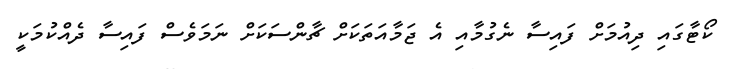
ކޯޓާގައި ދިއުމަށް ފައިސާ ނެގުމާއި އެ ޖަމާއަތަކަށް ޗާންސަކަށް ނަމަވެސް ފައިސާ ދެއްކުމަކީ